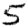
Digit: 5